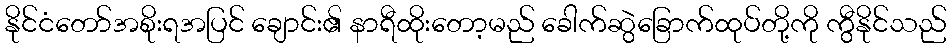
နိုင်ငံတော်အစိုးရအပြင် ချောင်း၏ နာရီထိုးတော့မည် ခေါက်ဆွဲခြောက်ထုပ်တို့ကို ကွီနိုင်သည်